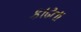
કાઢતા